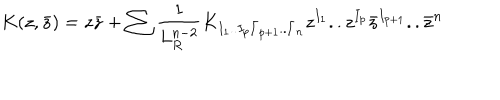
LaTeX: K ( z , \bar { z } ) = z \bar { z } + \sum { \frac { 1 } { L _ { R } ^ { n - 2 } } } K _ { I _ { 1 } . . I _ { p } \bar { I } _ { p + 1 } . . \bar { I } _ { n } } z ^ { I _ { 1 } } . . z ^ { I _ { p } } \bar { z } ^ { I _ { p + 1 } } . . \bar { z } ^ { n }